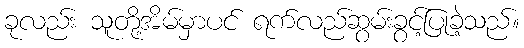
ခုလည်း သူတို့အိမ်မှာပင် ရက်လည်ဆွမ်းခွင့်ပြုခဲ့သည်။